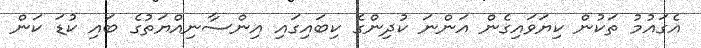
އެގައުމު ތަކުން ކިޔަވައިގެން އަންނަ ކުދިންގެ ކިބައިގައި އިންސާނިއްޔަތުގެ ބައި ކުޑަ ކަން